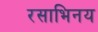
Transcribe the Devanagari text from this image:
रसाभिनय